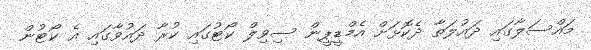
މައްސަލާގައި ދައުލަތާ ދެކޮޅަށް އެމްޑީޕީން ސިވިލް ކޯޓުގައި ކުރާ ދައުވާގައި އެ ކޯޓުން